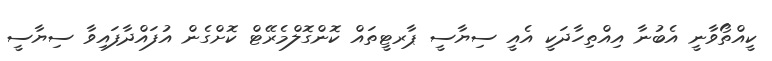
ކީއްތޯވާނީ އެބުނާ އިއްތިހާދަކީ އެއީ ސިޔާސީ ޕާރޓީތައް ކޮންގޮލްމެރޭޓް ކޮށްގެން އުފައްދާފައިވާ ސިޔާސީ